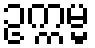
ဥက္ကမ္မ